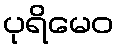
ပုရိမေဝ